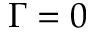
\Gamma = 0